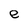
Character: e